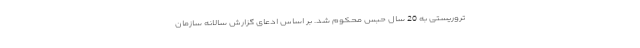
تروریستی به 20 سال حبس محکوم شد. بر اساس ادعای گزارش سالانه سازمان